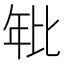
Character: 𭙂